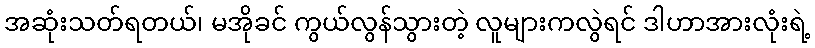
အဆုံးသတ်ရတယ်၊ မအိုခင် ကွယ်လွန်သွားတဲ့ လူများကလွဲရင် ဒါဟာအားလုံးရဲ့